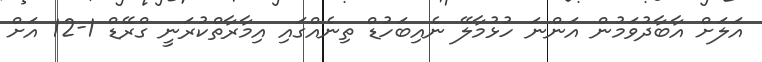
އަލަށް އާބާދުވަމުން އަންނަ ހުޅުމާލޭ ނެއިބަހުޑް ތިނެއްގައި އިމާރާތްކުރަނީ ގްރޭޑް 1-12 އަށް